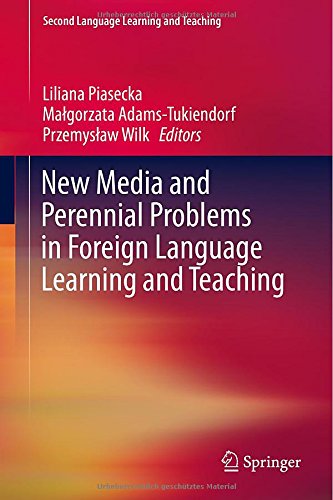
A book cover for New Media and Perennial Problems in Foreign Language Learning and Teaching (Second Language Learning and Teaching); Politics & Social Sciences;